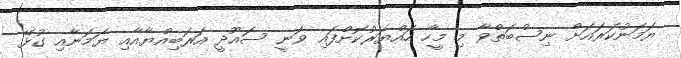
ޔަމަނުކަރައަށް ނިސްބަތްވާ މި މީހާ ހައްޔަރުކޮށްފައި ވަނީ ސައޫދީ އަރަބިއްޔާއާއި ޔަމަނާއި ގުޅޭ